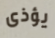
يؤذى